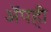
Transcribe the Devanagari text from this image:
अॅपही